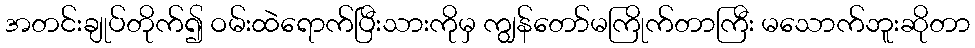
အတင်းချုပ်တိုက်၍ ဝမ်းထဲရောက်ပြီးသားကိုမှ ကျွန်တော်မကြိုက်တာကြီး မသောက်ဘူးဆိုတာ